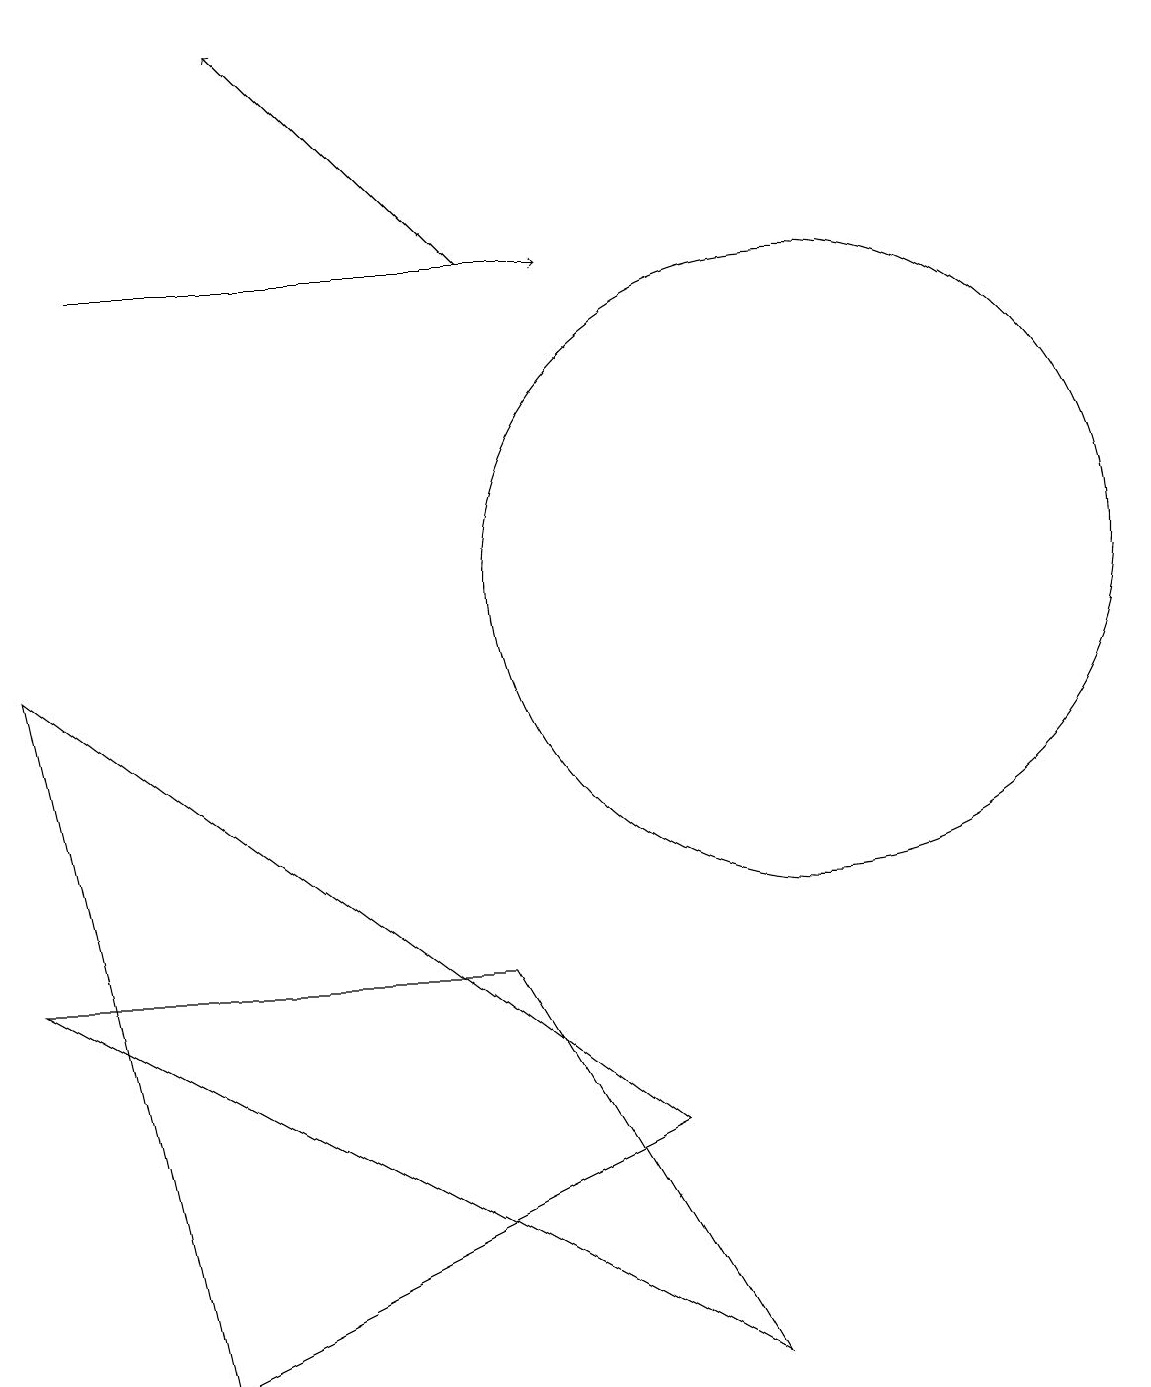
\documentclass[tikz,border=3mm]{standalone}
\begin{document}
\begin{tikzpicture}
\draw[->] (1,14) -- (7,14);
\draw[->] (6,14) -- (3,17);
\draw (9,0) -- (6,5) -- (0,5) -- cycle;
\draw (0,9) -- (2,0) -- (8,3) -- cycle;
\draw (10,10) circle (4);
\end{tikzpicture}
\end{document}